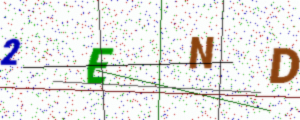
Text: 2END